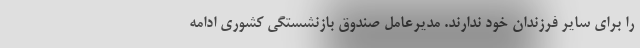
را برای سایر فرزندان خود ندارند. مدیرعامل صندوق بازنشستگی کشوری ادامه